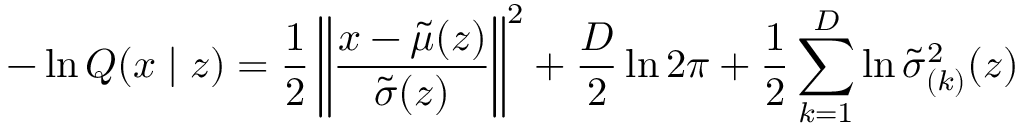
- \ln Q ( x \mid z ) = \frac { 1 } { 2 } \left\| \frac { x - { \tilde { \mu } } ( z ) } { { \tilde { \sigma } } ( z ) } \right\| ^ { 2 } + \frac { D } { 2 } \ln 2 \pi + \frac { 1 } { 2 } \sum _ { k = 1 } ^ { D } \ln { \tilde { \sigma } } _ { ( k ) } ^ { 2 } ( z )